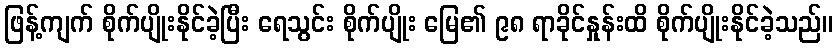
ဖြန့်ကျက် စိုက်ပျိုးနိုင်ခဲ့ပြီး ရေသွင်း စိုက်ပျိုး မြေ၏ ၉၈ ရာခိုင်နှုန်းထိ စိုက်ပျိုးနိုင်ခဲ့သည်။